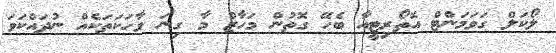
ލޯކަލް ގަވަމަންޓް އޮތޯރިޓީއާ ބެހޭ ގޮތުން މަހާޒް މާ ގިނަ ވާހަކަތަކެއް ނުދައްކަވަ